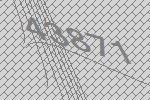
43871